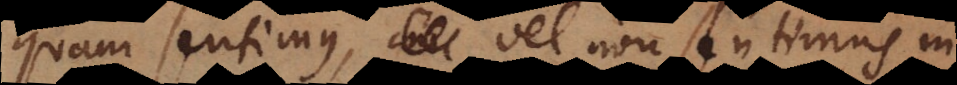
quam sentimus, cui vel non sentimus in